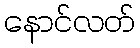
နောင်လတ်